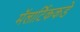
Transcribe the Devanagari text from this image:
मॅलार्टिककडे